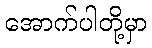
အောက်ပါတို့မှာ